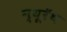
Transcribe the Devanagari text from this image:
न्यूरॅथ